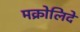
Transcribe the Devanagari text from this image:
मक्रोलिदे